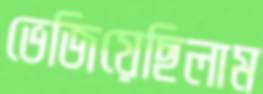
ভেজিয়েছিলাম